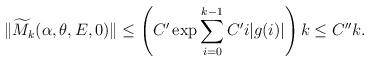
LaTeX: \begin{align*} \lVert \widetilde{M}_k(\alpha,\theta,E,0)\rVert\leq \left( C'\exp\sum_{i=0}^{k-1} C' i |g(i)|\right)k\leq C'' k. \end{align*}